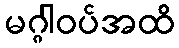
မဂ္ဂါဝပ်အထိ